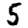
Digit: 5